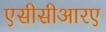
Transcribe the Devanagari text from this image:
एसीसीआरए